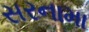
સરનામા